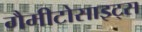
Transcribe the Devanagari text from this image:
गैमीटोसाइट्स